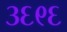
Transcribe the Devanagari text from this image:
३६९६